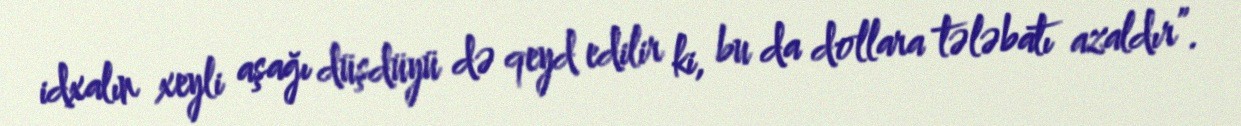
idxalın xeyli aşağı düşdüyü də qeyd edilir ki, bu da dollara tələbatı azaldır”.